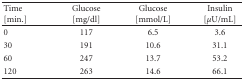
| Time [min.] | Glucose [mg/dl] | Glucose [mmol/L] | Insulin [μU/mL] |
 | --- | --- | --- | --- |
 | 0 | 117 | 6.5 | 3.6 |
 | 30 | 191 | 10.6 | 31.1 |
 | 60 | 247 | 13.7 | 53.2 |
 | 120 | 263 | 14.6 | 66.1 |